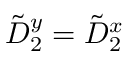
\tilde { D } _ { 2 } ^ { y } = \tilde { D } _ { 2 } ^ { x }